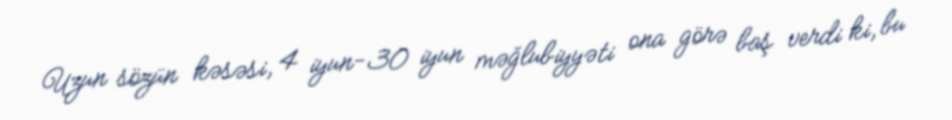
Uzun sözün kəsəsi, 4 iyun-30 iyun məğlubiyyəti ona görə baş verdi ki, bu